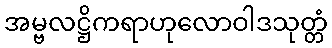
အမ္ဗလဋ္ဌိကရာဟုလောဝါဒသုတ္တံ